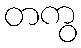
တကွ